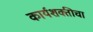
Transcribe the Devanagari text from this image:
कार्यशक्तीचा